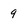
Character: 9